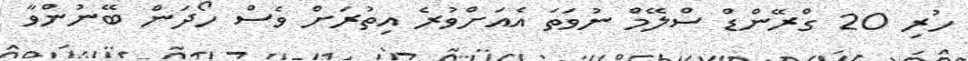
ހުރި 20 ގްރޭންޑް ސްލޭމް ނުވަތަ އެއަށްވުރެ އިތުރަށް ވެސް ހޯދަން ބޭނުންވާ